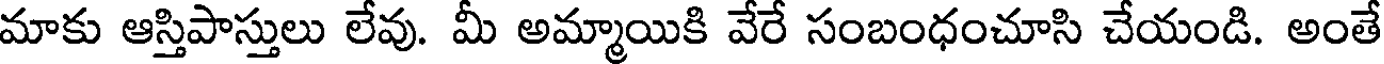
మాకు ఆస్తిపాస్తులు లేవు. మీ అమ్మాయికి వేరే సంబంధంచూసి చేయండి. అంతే